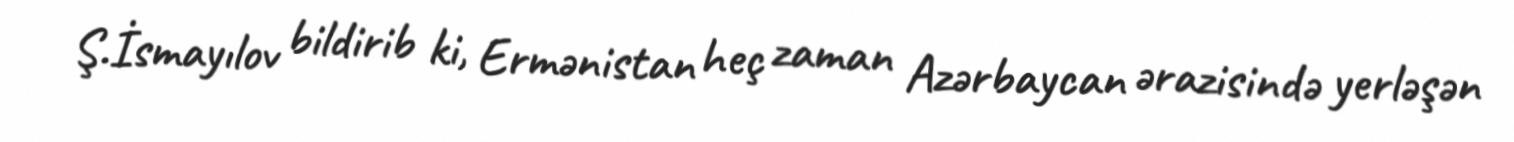
Ş.İsmayılov bildirib ki, Ermənistan heç zaman Azərbaycan ərazisində yerləşən